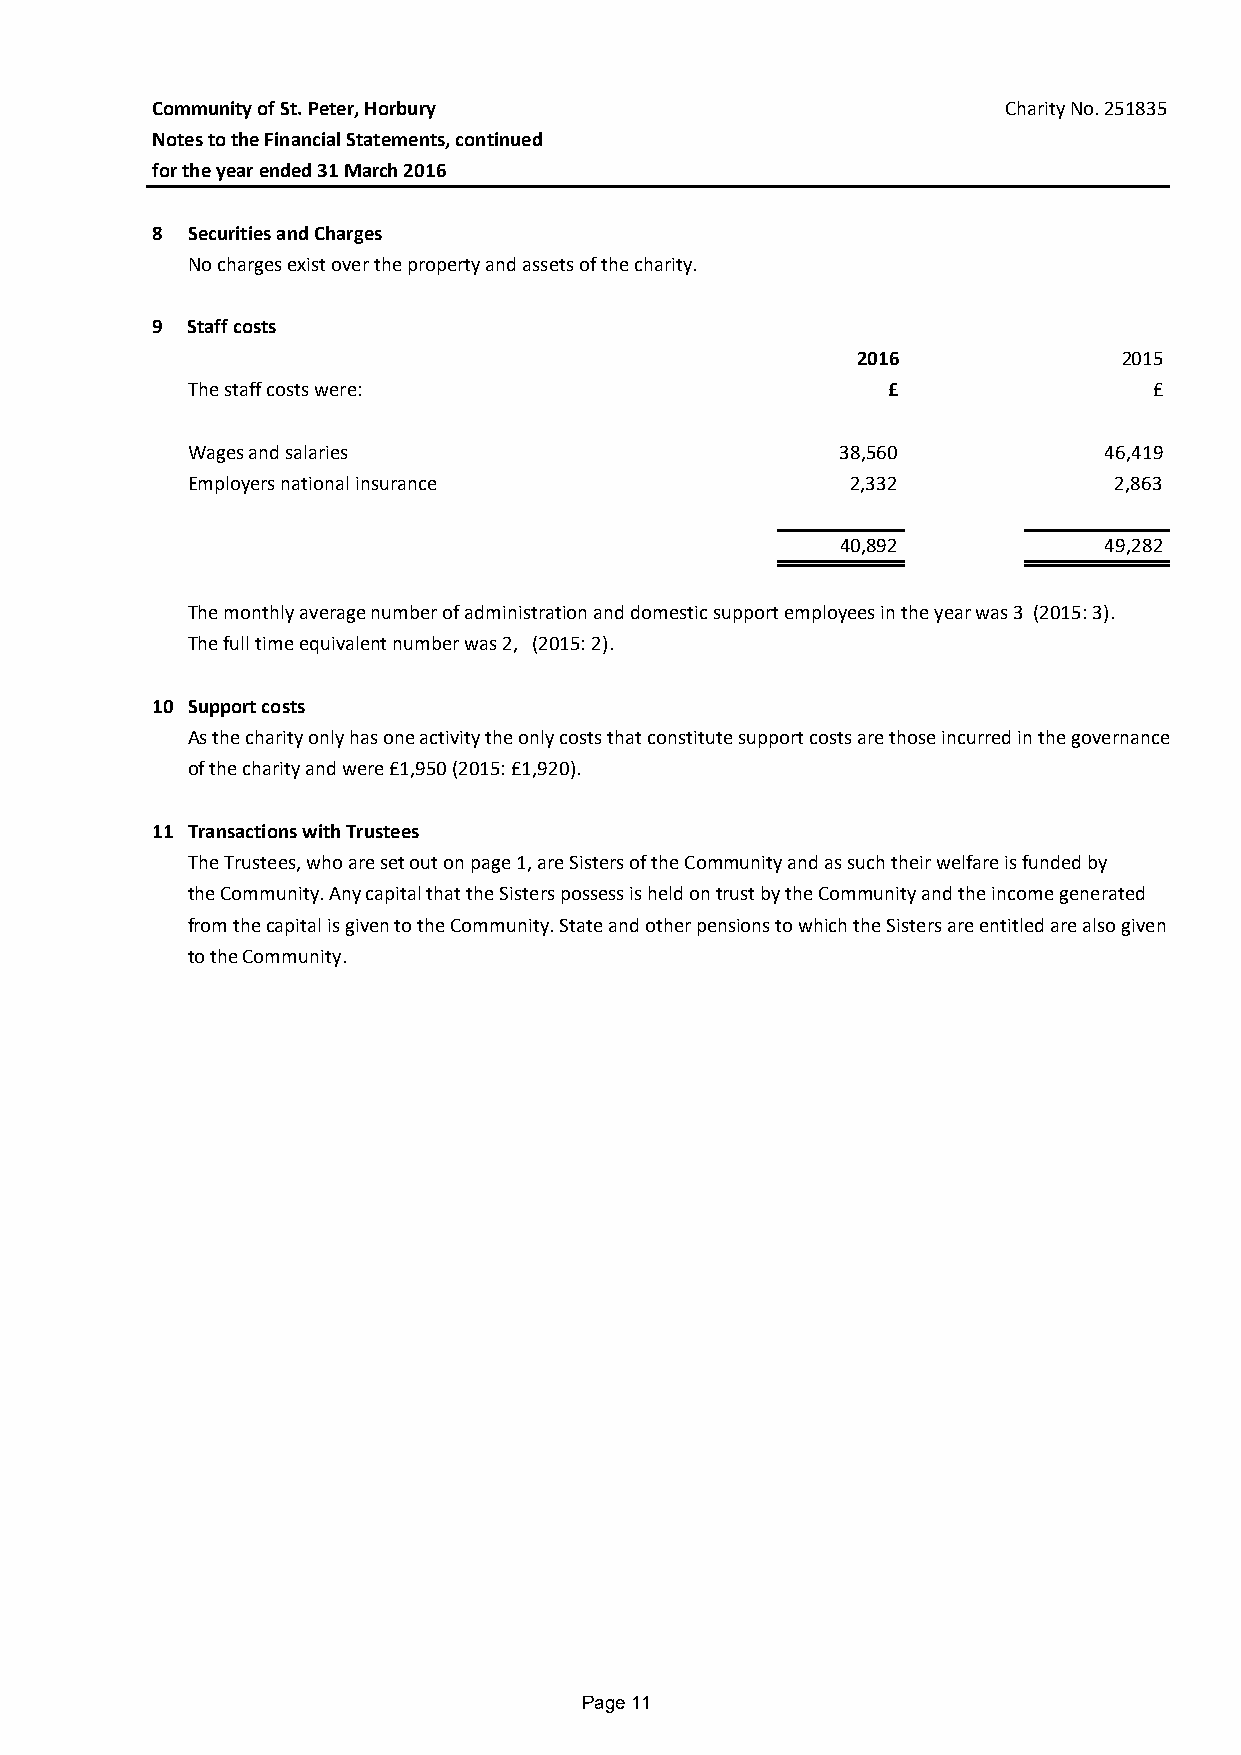
Community of St. Peter, Horbury                         Charity No. 251835
 Notes to the Financial Statements, continued
 for the year ended 31 March 2016
 8 Securities and Charges
 No charges exist over the property and assets of the charity.
 9 Staff costs
 2016             2015
 The staff costs were:                          £                £
 Wages and salaries                          38,560           46,419
 Employers national insurance                2,332             2,863
 40,892           49,282
 The monthly average number of administration and domestic support employees in the year was 3 (2015: 3).
 The full time equivalent number was 2, (2015: 2).
 10 Support costs
 As the charity only has one activity the only costs that constitute support costs are those incurred in the governance
 of the charity and were £1,950 (2015: £1,920).
 11 Transactions with Trustees
 The Trustees, who are set out on page 1, are Sisters of the Community and as such their welfare is funded by
 the Community. Any capital that the Sisters possess is held on trust by the Community and the income generated
 from the capital is given to the Community. State and other pensions to which the Sisters are entitled are also given
 to the Community.
 Page 11